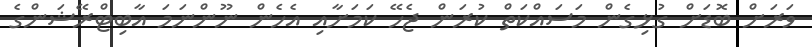
ވަރަށް ބޮޑަށް ގުޅިގެން މަސައްކަތް ކުރަން ޖެހޭ ކަމަށާއި އެހެން ނޫންނަމަ އާބިޓްރޭޝަންގެ